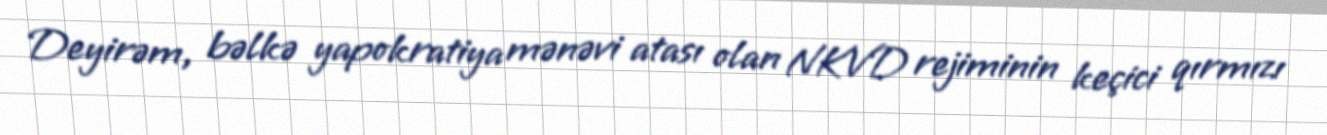
Deyirəm, bəlkə yapokratiya mənəvi atası olan NKVD rejiminin keçici qırmızı